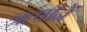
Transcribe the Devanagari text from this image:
ॠषीनें